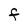
Character: F